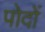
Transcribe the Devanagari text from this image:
पोदों